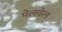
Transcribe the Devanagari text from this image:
पेलवेल